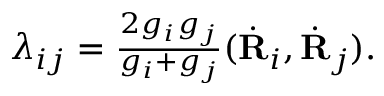
\begin{array} { r } { \lambda _ { i j } = \frac { 2 g _ { i } g _ { j } } { g _ { i } + g _ { j } } ( \dot { \bf R } _ { i } , \dot { \bf R } _ { j } ) . } \end{array}